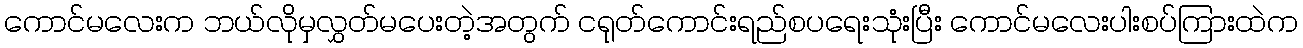
ကောင်မလေးက ဘယ်လိုမှလွှတ်မပေးတဲ့အတွက် ငရုတ်ကောင်းရည်စပရေးသုံးပြီး ကောင်မလေးပါးစပ်ကြားထဲက